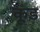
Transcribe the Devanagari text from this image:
कूड